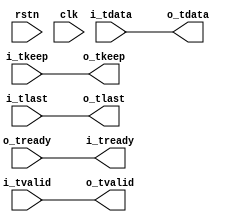

//--------------------------------------------------------------------------------------------------------
// Module  : axi_stream_resizing
// Type    : synthesizable, IP's sub-module
// Standard: Verilog 2001 (IEEE1364-2001)
// Function: AXI-stream upsizing or downsizing,
//           see AMBA 4 AXI4-stream Protocol Version: 1.0 Specification -> 2.3.3 -> downsizing considerations / upsizing considerations
//--------------------------------------------------------------------------------------------------------

module axi_stream_resizing #(
    parameter IEW = 0,                       // input width,  0=1Byte, 1=2Byte, 2=4Byte, 3=8Bytes, 4=16Bytes, ...
    parameter OEW = 0                        // output width, 0=1Byte, 1=2Byte, 2=4Byte, 3=8Bytes, 4=16Bytes, ...
) (
    input  wire                rstn,
    input  wire                clk,
    // AXI-stream slave
    output wire                i_tready,
    input  wire                i_tvalid,
    input  wire [(8<<IEW)-1:0] i_tdata,
    input  wire [(1<<IEW)-1:0] i_tkeep,
    input  wire                i_tlast,
    // AXI-stream master
    input  wire                o_tready,
    output wire                o_tvalid,
    output wire [(8<<OEW)-1:0] o_tdata,
    output wire [(1<<OEW)-1:0] o_tkeep,
    output wire                o_tlast
);


generate if (IEW < OEW) begin
    
    axi_stream_upsizing #(
        .IEW             ( IEW                ),
        .OEW             ( OEW                )
    ) u_axi_stream_upsizing (
        .rstn            ( rstn               ),
        .clk             ( clk                ),
        .i_tready        ( i_tready           ),
        .i_tvalid        ( i_tvalid           ),
        .i_tdata         ( i_tdata            ),
        .i_tkeep         ( i_tkeep            ),
        .i_tlast         ( i_tlast            ),
        .o_tready        ( o_tready           ),
        .o_tvalid        ( o_tvalid           ),
        .o_tdata         ( o_tdata            ),
        .o_tkeep         ( o_tkeep            ),
        .o_tlast         ( o_tlast            )
    );
    
end else if (IEW > OEW) begin

    axi_stream_downsizing #(
        .IEW             ( IEW                ),
        .OEW             ( OEW                )
    ) u_axi_stream_downsizing (
        .rstn            ( rstn               ),
        .clk             ( clk                ),
        .i_tready        ( i_tready           ),
        .i_tvalid        ( i_tvalid           ),
        .i_tdata         ( i_tdata            ),
        .i_tkeep         ( i_tkeep            ),
        .i_tlast         ( i_tlast            ),
        .o_tready        ( o_tready           ),
        .o_tvalid        ( o_tvalid           ),
        .o_tdata         ( o_tdata            ),
        .o_tkeep         ( o_tkeep            ),
        .o_tlast         ( o_tlast            )
    );

end else begin // (IEW==OEW)
    
    assign i_tready = o_tready;
    assign o_tvalid = i_tvalid;
    assign o_tdata  = i_tdata;
    assign o_tkeep  = i_tkeep;
    assign o_tlast  = i_tlast;
    
end endgenerate


endmodule